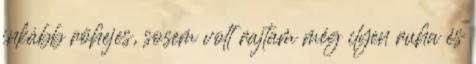
inkább röhejes, sosem volt rajtam még ilyen ruha és